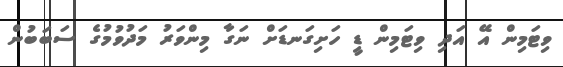
ވިޓަމިން އޭ އަދި ވިޓަމިން ޑީ ހަށިގަނޑަށް ނަގާ މިންވަރު މަދުވުމުގެ ސަބަބުން